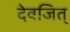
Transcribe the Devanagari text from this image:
देवजित्‌